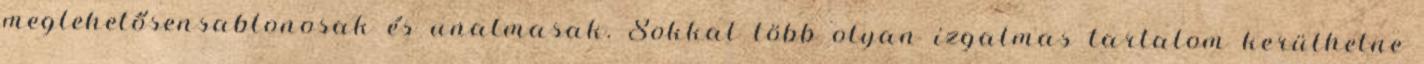
meglehetősensablonosak és unalmasak. Sokkal több olyan izgalmas tartalom kerülhetne